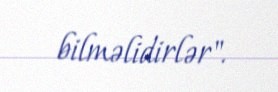
bilməlidirlər".